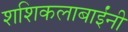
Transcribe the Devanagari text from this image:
शशिकलाबाईंनी